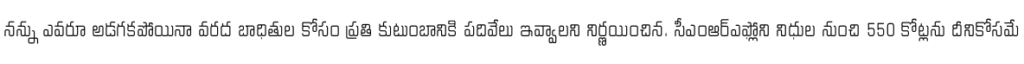
నన్ను ఎవరూ అడగకపోయినా వరద బాధితుల కోసం ప్రతి కుటుంబానికి పదివేలు ఇవ్వాలని నిర్ణయించిన. సీఎంఆర్ఎఫ్లోని నిధుల నుంచి 550 కోట్లను దీనికోసమే